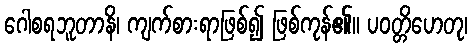
ဂေါစရဘူတာနိ၊ ကျက်စားရာဖြစ်၍ ဖြစ်ကုန်၏။ ပဝတ္တိဟေတု၊